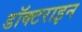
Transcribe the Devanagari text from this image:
डॉक्टराइन